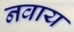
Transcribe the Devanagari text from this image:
नवाय